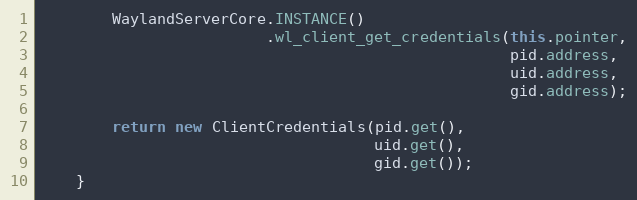
Language: Java
        WaylandServerCore.INSTANCE()
                         .wl_client_get_credentials(this.pointer,
                                                    pid.address,
                                                    uid.address,
                                                    gid.address);

        return new ClientCredentials(pid.get(),
                                     uid.get(),
                                     gid.get());
    }